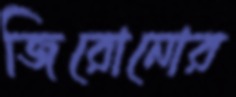
জিরোনোর